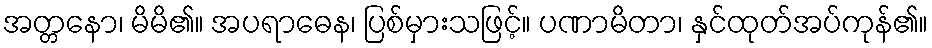
အတ္တနော၊ မိမိ၏။ အပရာဓေန၊ ပြစ်မှားသဖြင့်။ ပဏာမိတာ၊ နှင်ထုတ်အပ်ကုန်၏။